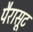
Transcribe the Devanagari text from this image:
पैरासूट